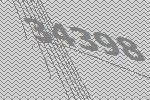
34398